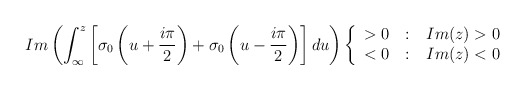
\begin{align*}Im \left(\int_{\infty}^{z}\left[\sigma_0\left(u+\frac{i\pi}{2}\right)+\sigma_0\left(u-\frac{i\pi}{2}\right)\right]du\right)\left\{ \begin{array}{r@{\quad:\quad}l}>0 & Im(z)>0 \\ <0 & Im(z)<0\end{array}\right.\end{align*}